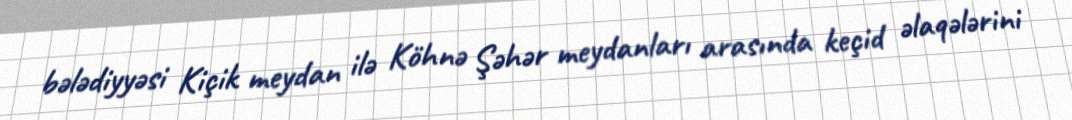
bələdiyyəsi Kiçik meydan ilə Köhnə Şəhər meydanları arasında keçid əlaqələrini